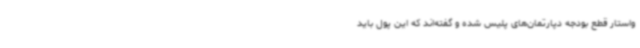
واستار قطع بودجه دپارتمان‌های پلیس شده و گفته‌اند که این پول باید